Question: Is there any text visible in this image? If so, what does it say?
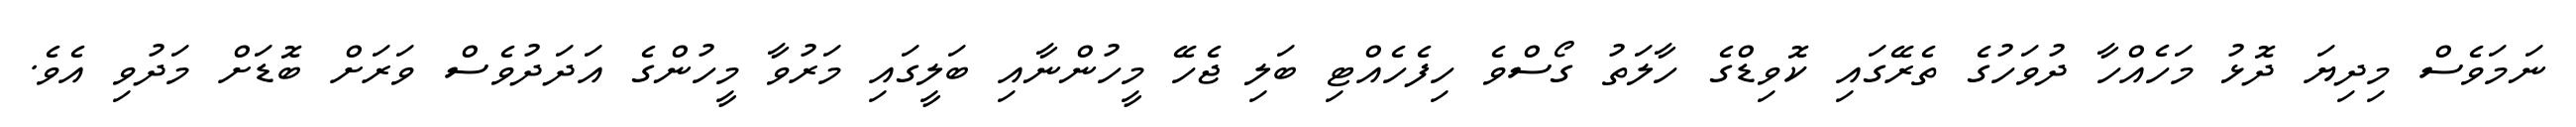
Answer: ނަމަވެސް މިދިޔަ ދޮޅު މަހެއްހާ ދުވަހުގެ ތެރޭގައި ކޮވިޑްގެ ހާލަތު ގޯސްވެ ހިފެހެއްޓި ބަލި ޖެހޭ މީހުންނާއި ބަލީގައި މަރުވާ މީހުންގެ އަދަދުވެސް ވަރަށް ބޮޑަށް މަދުވި އެވެ.